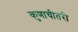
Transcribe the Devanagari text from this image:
कुणाचीतरी